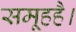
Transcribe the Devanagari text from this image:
समूहहै।